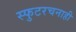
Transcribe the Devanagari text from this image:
स्फुटरचनाही